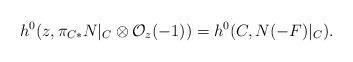
\begin{align*}h^{0}(z, \pi_{C*} N|_{C}\otimes {\cal O}_{z}(-1)) = h^{0} (C,N (-F)|_{C}).\end{align*}